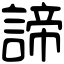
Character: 諦